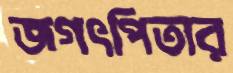
জগৎপিতার